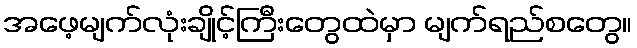
အဖေ့မျက်လုံးချိုင့်ကြီးတွေထဲမှာ မျက်ရည်စတွေ။